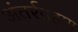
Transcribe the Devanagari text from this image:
अंतर्रग्रहण